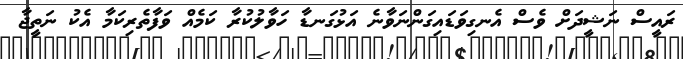
ރައީސް ނަޝީދަށް ވެސް އެނގިވަޑައިގަންނަވާނެ އަޅުގަނޑާ ހަވާލުކުރާ ކަމެއް ވަފާތެރިކަމާ އެކު ނަތީޖާ